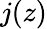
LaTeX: j(z)